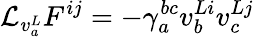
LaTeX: {\mathcal L}_{v_{a}^{L}}F^{ij}=-\gamma_{a}^{bc}v_{b}^{Li}v_{c}^{Lj}